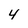
Character: 4